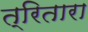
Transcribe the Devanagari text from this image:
त्रितारा